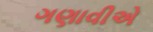
ગણાવીએ